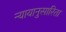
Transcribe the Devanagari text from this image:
न्यायानुसारिता